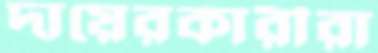
দায়েরকারীরা